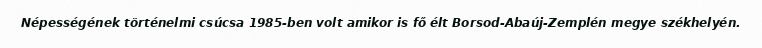
Népességének történelmi csúcsa 1985-ben volt amikor is fő élt Borsod-Abaúj-Zemplén megye székhelyén.